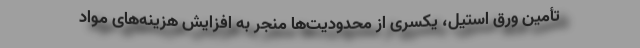
تأمین ورق استیل، یکسری از محدودیت‌ها منجر به افزایش هزینه‌های مواد